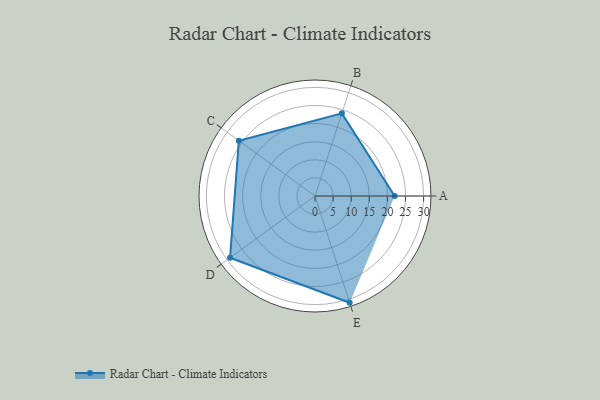
{"axis": {"x": "Skill", "y": "Score"}, "legend": ["Profile"], "data": [{"x": "A", "y": 22.0, "type": "Profile"}, {"x": "B", "y": 24.0, "type": "Profile"}, {"x": "C", "y": 26.0, "type": "Profile"}, {"x": "D", "y": 29.0, "type": "Profile"}, {"x": "E", "y": 31.0, "type": "Profile"}]}